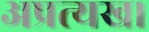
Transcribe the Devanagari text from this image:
अप्रत्यख।